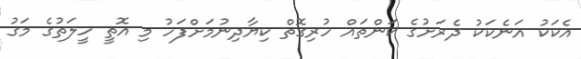
އެކަކު އަނެކަކު ދެރަށުގެ ކަންތައް ހުރިގޮތް ކިޔާދިނުމަށްފަހު މި އޮތީ ހީލަތުގެ މަގު